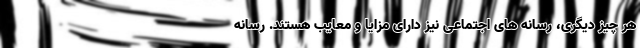
هر چیز دیگری، رسانه های اجتماعی نیز دارای مزایا و معایب هستند. رسانه